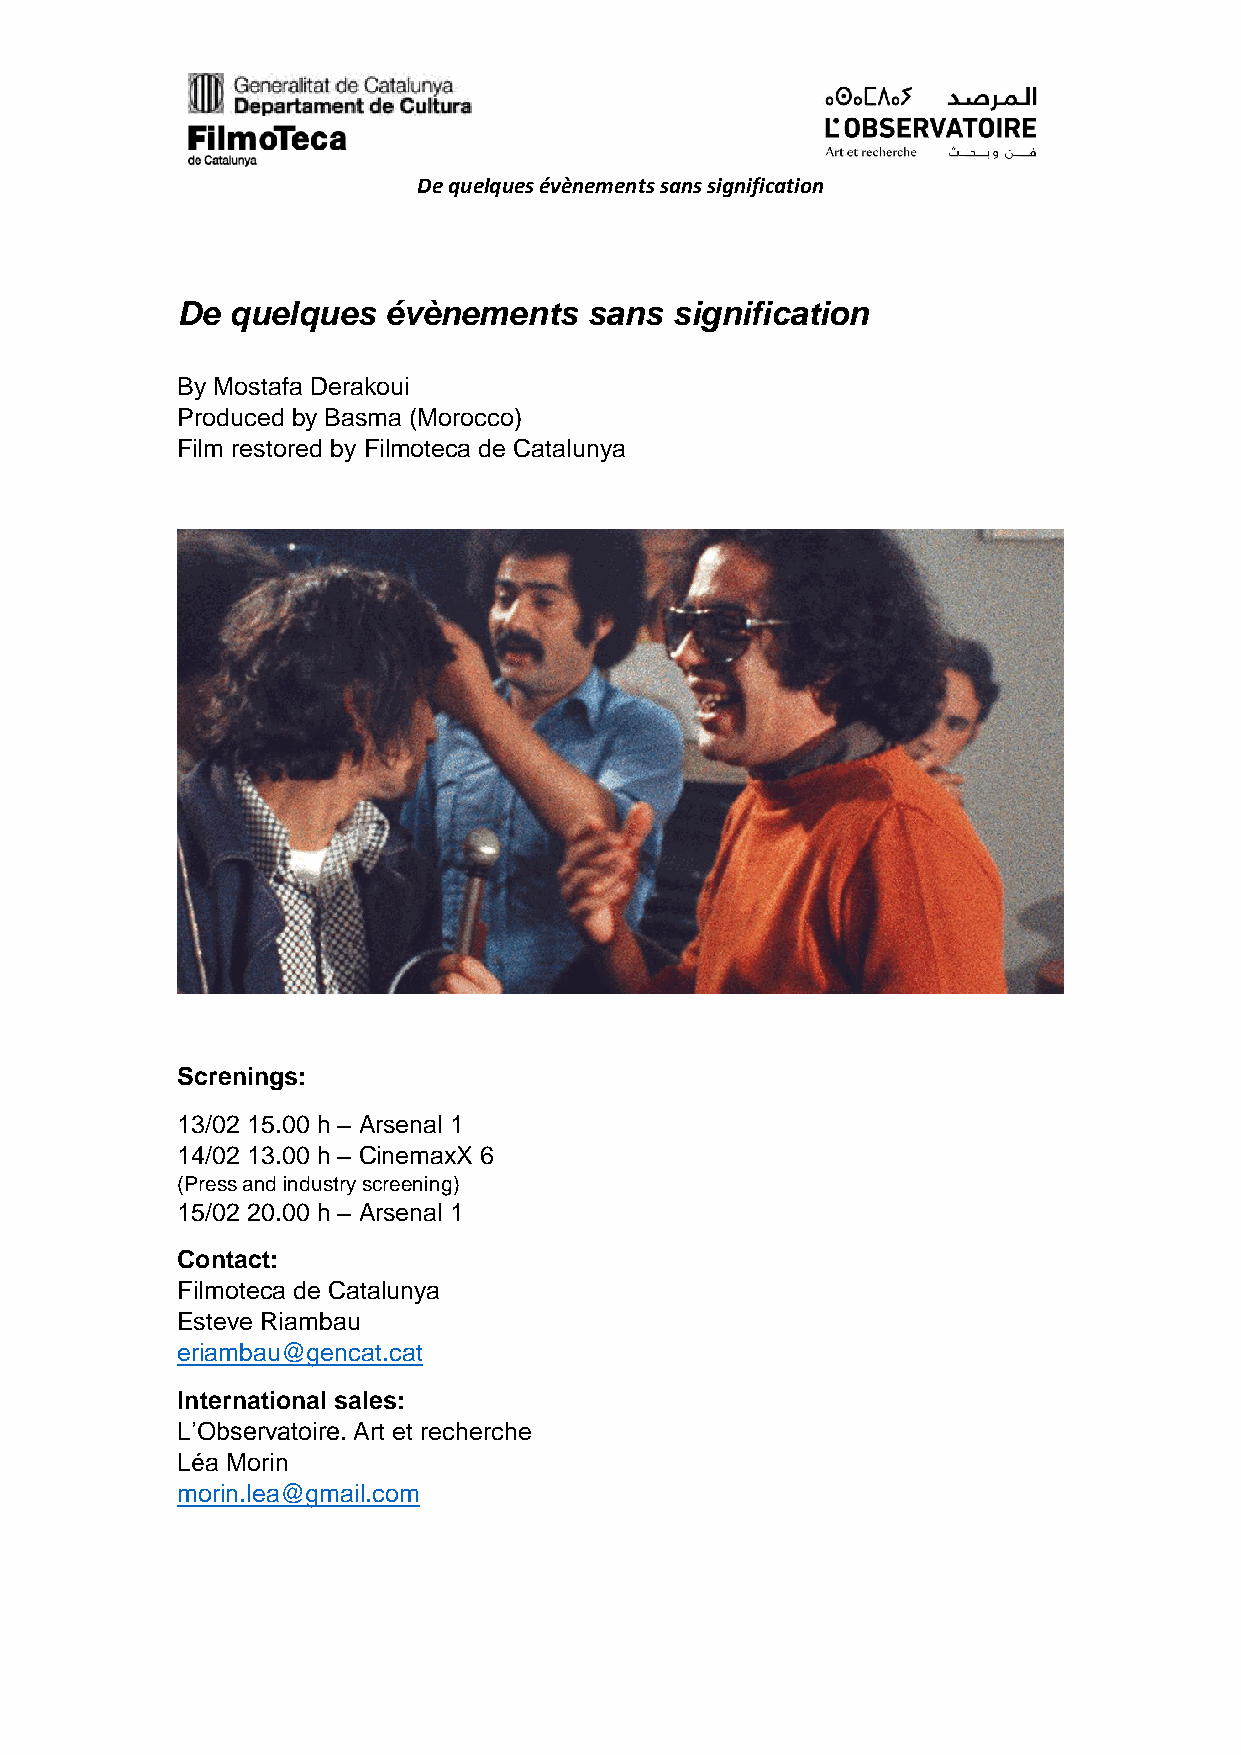
De quelques évènements sans signification
 De quelques  évènements    sans signification
 By Mostafa Derakoui
 Produced by Basma (Morocco)
 Film restored by Filmoteca de Catalunya
 Screnings:
 13/02 15.00 h – Arsenal 1
 14/02 13.00 h – CinemaxX 6
 (Press and industry screening)
 15/02 20.00 h – Arsenal 1
 Contact:
 Filmoteca de Catalunya
 Esteve Riambau
 eriambau@gencat.cat
 International sales:
 L’Observatoire. Art et recherche
 Léa Morin
 morin.lea@gmail.com